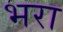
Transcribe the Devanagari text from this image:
भ्‍ारा